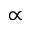
\propto